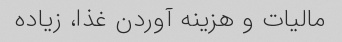
مالیات و هزینه آوردن غذا، زیاده